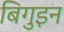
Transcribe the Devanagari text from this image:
बिगुइन